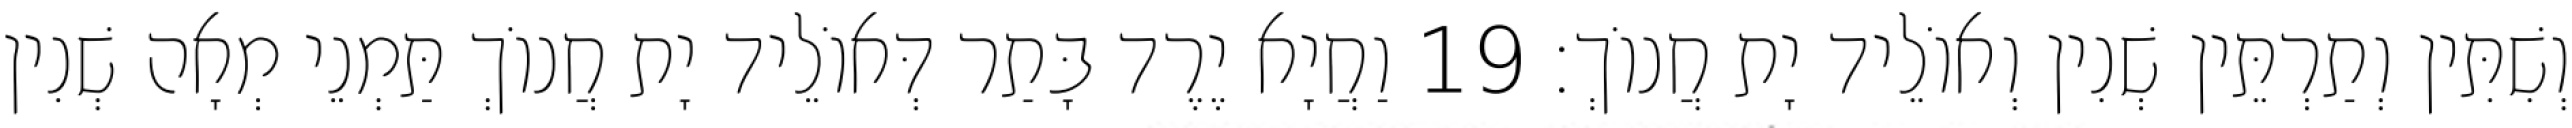
וְשִׁתִּין וְתַרְתֵּין שְׁנִין וְאוֹלֵיד יָת חֲנוֹךְ׃ 19 וַחֲיָא יֶרֶד בָּתַר דְּאוֹלֵיד יָת חֲנוֹךְ תַּמְנֵי מְאָה שְׁנִין